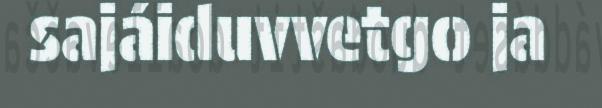
sajáiduvvetgo ja